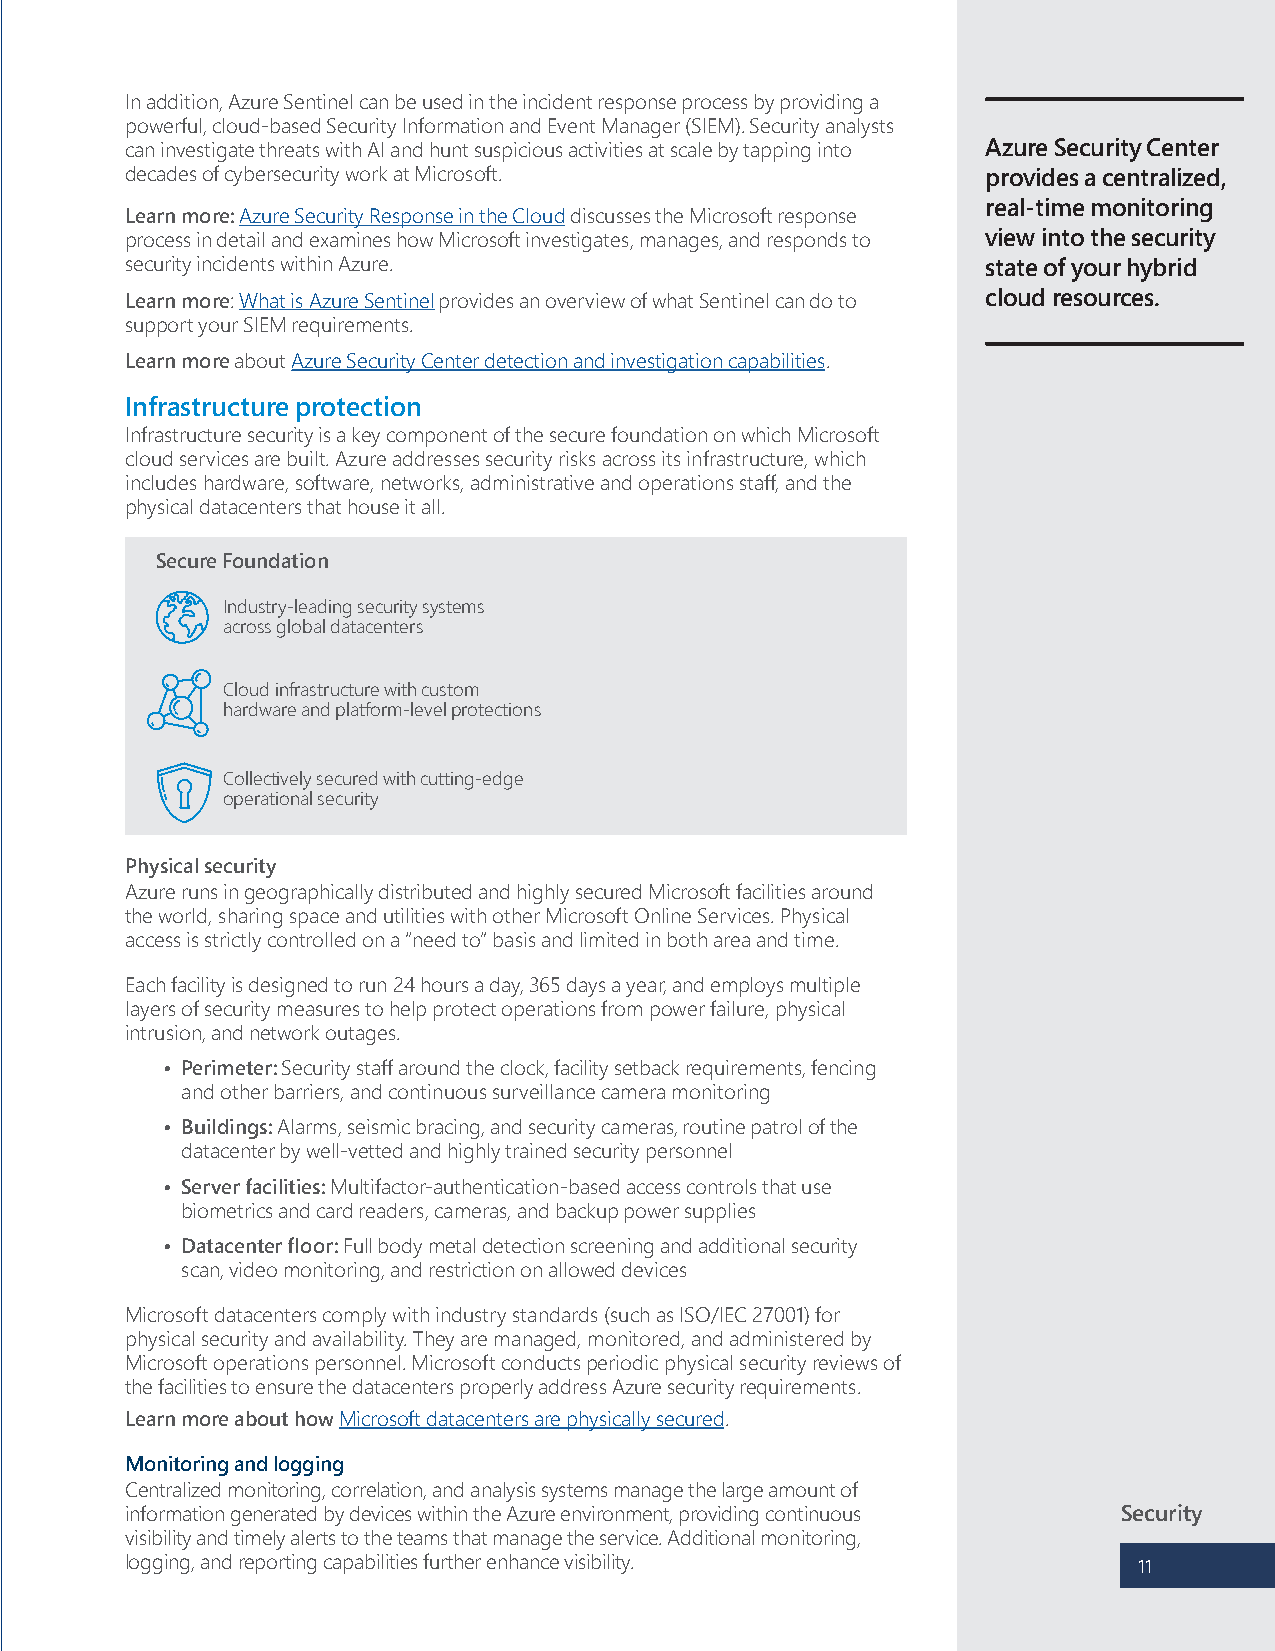
In addition, Azure Sentinel can be used in the incident response process by providing a
 powerful, cloud-based Security Information and Event Manager (SIEM). Security analysts
 can investigate threats with AI and hunt suspicious activities at scale by tapping into Azure Security Center
 decades of cybersecurity work at Microsoft.              provides a centralized,
 real-time monitoring
 Learn more: Azure Security Response in the Cloud discusses the Microsoft response
 process in detail and examines how Microsoft investigates, manages, and responds to view into the security
 security incidents within Azure.                         state of your hybrid
 Learn more: What is Azure Sentinel provides an overview of what Sentinel can do to cloud resources.
 support your SIEM requirements.
 Learn more about Azure Security Center detection and investigation capabilities.
 Infrastructure protection
 Infrastructure security is a key component of the secure foundation on which Microsoft
 cloud services are built. Azure addresses security risks across its infrastructure, which
 includes hardware, software, networks, administrative and operations staff, and the
 physical datacenters that house it all.
 Secure Foundation
 Industry-leading security systems
 across global datacenters
 Cloud infrastructure with custom
 hardware and platform-level protections
 Collectively secured with cutting-edge
 operational security
 Physical security
 Azure runs in geographically distributed and highly secured Microsoft facilities around
 the world, sharing space and utilities with other Microsoft Online Services. Physical
 access is strictly controlled on a “need to” basis and limited in both area and time.
 Each facility is designed to run 24 hours a day, 365 days a year, and employs multiple
 layers of security measures to help protect operations from power failure, physical
 intrusion, and network outages.
 • Perimeter: Security staff around the clock, facility setback requirements, fencing
 and other barriers, and continuous surveillance camera monitoring
 • Buildings: Alarms, seismic bracing, and security cameras, routine patrol of the
 datacenter by well-vetted and highly trained security personnel
 • Server facilities: Multifactor-authentication-based access controls that use
 biometrics and card readers, cameras, and backup power supplies
 • Datacenter floor: Full body metal detection screening and additional security
 scan, video monitoring, and restriction on allowed devices
 Microsoft datacenters comply with industry standards (such as ISO/IEC 27001) for
 physical security and availability. They are managed, monitored, and administered by
 Microsoft operations personnel. Microsoft conducts periodic physical security reviews of
 the facilities to ensure the datacenters properly address Azure security requirements.
 Learn more about how Microsoft datacenters are physically secured.
 Monitoring and logging
 Centralized monitoring, correlation, and analysis systems manage the large amount of
 information generated by devices within the Azure environment, providing continuous Security
 visibility and timely alerts to the teams that manage the service. Additional monitoring,
 logging, and reporting capabilities further enhance visibility.    11